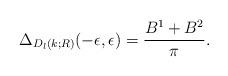
LaTeX: \begin{align*}\Delta_{D_l(k;R)}(-\epsilon,\epsilon)=\frac{B^1+B^2}{\pi}.\end{align*}